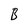
Character: B